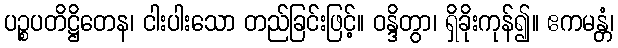
ပဉ္စပတိဋ္ဌိတေန၊ ငါးပါးသော တည်ခြင်းဖြင့်။ ဝန္ဒိတွာ၊ ရှိခိုးကုန်၍။ ဧကမန္တံ၊